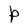
Character: P